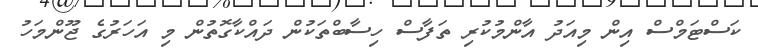
ކަސްޓަމްސް އިން މިއަދު އާންމުކުރި ތަފާސް ހިސާބްތަކުން ދައްކާގޮތުން މި އަހަރުގެ ޖޫންމަހު